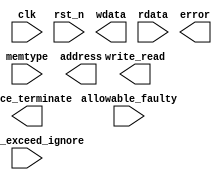
module mbist_decoder (clk,
                      rst_n,
                      //DECLEARE_MARCHC_EN
                      //DECLEARE_MARCHA_EN
                      //DECLEARE_APNPSF_EN
                      error_exceed_ignore,
                      allowable_faulty,
                      memtype,
                      address,
                      write_read,
                      wdata,
                      rdata,
                      error,
                      force_terminate,
                      //DECLEARE_MARCHC_COMPLETE
                      //DECLEARE_MARCHA_COMPLETE
                      //DECLEARE_APNPSF_COMPLETE
                      );

parameter DATA_WIDTH = 64;
parameter ADDR_WIDTH = 16;
//----------------------------------------
input clk;
input rst_n;
input error_exceed_ignore;
input [ADDR_WIDTH-1:0] allowable_faulty;
input [DATA_WIDTH-1:0] rdata;
input [4:0] memtype;
//ENABLE MARCHC ALGORITHM
//ENABLE MARCHA ALGORITHM
//ENABLE APNPSF ALGORITHM

//----------------------------------------
output write_read;
output error;
output force_terminate;
output [ADDR_WIDTH-1:0] address;
output [DATA_WIDTH-1:0] wdata; 
//COMPLETE MARCHC ALGORITHM
//COMPLETE MARCHA ALGORITHM
//COMPLETE APNPSF ALGORITHM

//----------------------------------------
        
wire clk;
wire rst_n;
wire error_exceed_ignore;
wire write_read;
wire error;
wire force_terminate;
wire [ADDR_WIDTH-1:0] allowable_faulty;
wire [ADDR_WIDTH-1:0] address;
wire [DATA_WIDTH-1:0] rdata;
reg  [DATA_WIDTH-1:0] wdata;
wire [4:0] memtype;

//MARCHC ALGORITHM

//MARCHA ALGORITHM

//APNPSF ALGORITHM

//ASSIGN_APNPSF_MARCHC_MARCHA

//ASSIGN_MARCHC_ALGORITHM

//ASSIGN_MARCHA_ALGORITHM

//ASSIGN_APNPSF_ALGORITHM

endmodule